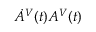
\dot { A } ^ { V } ( t ) A ^ { V } ( t )